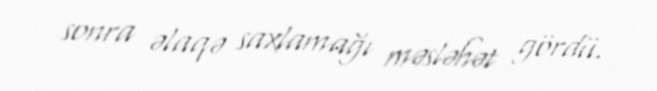
sonra əlaqə saxlamağı məsləhət gördü.